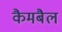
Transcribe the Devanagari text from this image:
कैमबैल